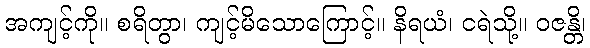
အကျင့်ကို။ စရိတွာ၊ ကျင့်မိသောကြောင့်။ နိရယံ၊ ငရဲသို့။ ဝဇန္တိ၊